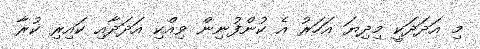
މި އަދަދަކީ މިދިޔަ އަހަރު އެ ކުންފުނިން ވިއްކި އަދަދާއި ކައިރި ކުރާ